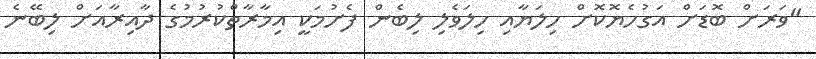
"ވަރަށް ބޮޑަށް އަގުހެޔޮކޮށް ހިލަޔާއި ހިލަވެލި ލިބެން ފެށުމަކީ އިމާރާތްކުރުމުގެ ދާއިރާއަށް ލިބޭނެ